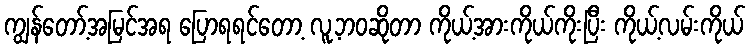
ကျွန်တော့်အမြင်အရ ပြောရရင်တော့ လူ့ဘဝဆိုတာ ကိုယ့်အားကိုယ်ကိုးပြီး ကိုယ့်လမ်းကိုယ်